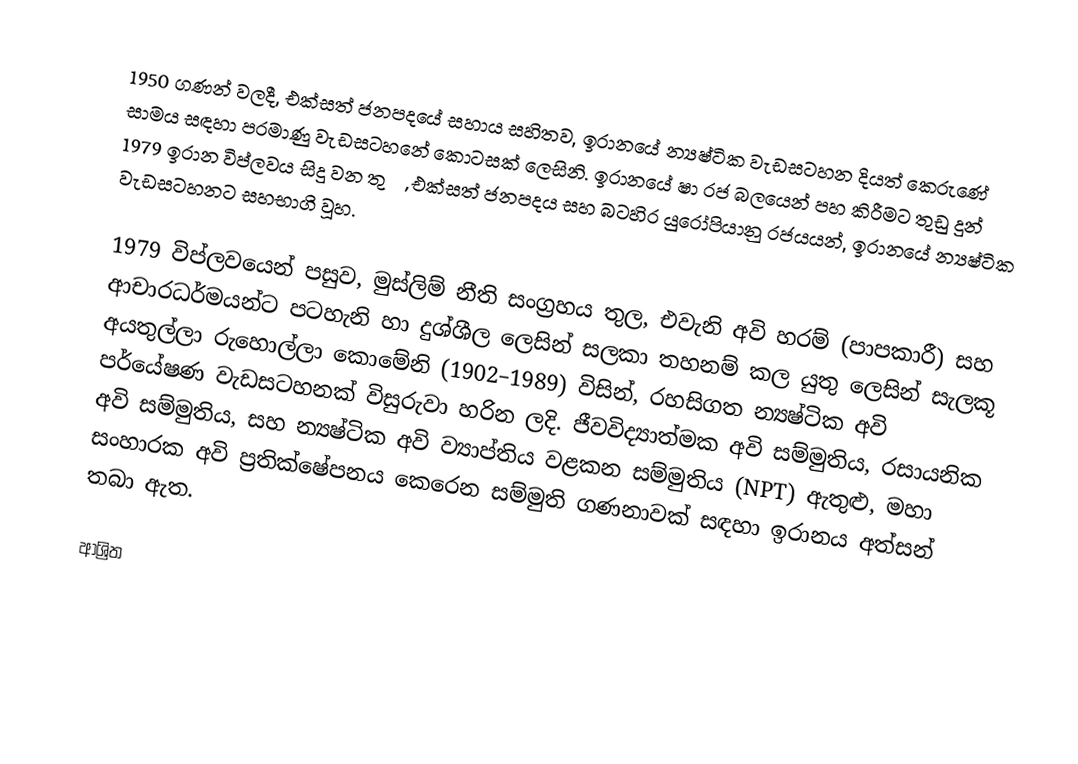
1950 ගණන් වලදී, එක්සත් ජනපදයේ සහාය සහිතව,  ඉරානයේ න්‍යෂ්ටික වැඩසටහන දියත් කෙරුණේ  සාමය සඳහා පරමාණු වැඩසටහනේ කොටසක් ලෙසිනි. ඉරානයේ ෂා රජ බලයෙන් පහ කිරීමට තුඩු දුන් 1979 ඉරාන විප්ලවය  සිදු වන තුරු, එක්සත් ජනපදය සහ බටහිර යුරෝපියානු රජයයන්, ඉරානයේ න්‍යෂ්ටික වැඩසටහනට සහභාගි වූහ.

1979 විප්ලවයෙන් පසුව, මුස්ලිම් නීති සංග්‍රහය තුල, එවැනි අවි හරම් (පාපකාරී) සහ ආචාරධර්මයන්ට පටහැනි හා දුශ්ශීල ලෙසින් සලකා තහනම් කල යුතු ලෙසින් සැලකූ  අයතුල්ලා රුහොල්ලා කොමේනි (1902–1989) විසින්, රහසිගත න්‍යෂ්ටික අවි පර්යේෂණ වැඩසටහනක් විසුරුවා හරින ලදි.  ජීවවිද්‍යාත්මක අවි සම්මුතිය, රසායනික අවි සම්මුතිය, සහ න්‍යෂ්ටික අවි ව්‍යාප්තිය වළකන සම්මුතිය (NPT) ඇතුළු,  මහා සංහාරක අවි ප්‍රතික්ෂේපනය කෙරෙන සම්මුති ගණනාවක් සඳහා ඉරානය අත්සන් තබා ඇත.

ආශ්‍රිත